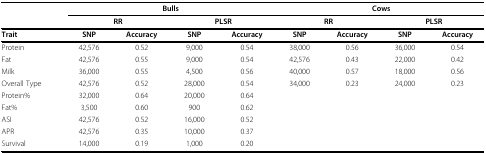
<table><thead><tr><td></td><td colspan="4"><b>Bulls</b></td><td colspan="4"><b>Cows</b></td></tr><tr><td></td><td colspan="2"><b>RR</b></td><td colspan="2"><b>PLSR</b></td><td colspan="2"><b>RR</b></td><td colspan="2"><b>PLSR</b></td></tr><tr><td><b>Trait</b></td><td><b>SNP</b></td><td><b>Accuracy</b></td><td><b>SNP</b></td><td><b>Accuracy</b></td><td><b>SNP</b></td><td><b>Accuracy</b></td><td><b>SNP</b></td><td><b>Accuracy</b></td></tr></thead><tbody><tr><td>Protein</td><td>42,576</td><td>0.52</td><td>9,000</td><td>0.54</td><td>38,000</td><td>0.56</td><td>36,000</td><td>0.54</td></tr><tr><td>Fat</td><td>42,576</td><td>0.55</td><td>9,000</td><td>0.54</td><td>42,576</td><td>0.43</td><td>22,000</td><td>0.42</td></tr><tr><td>Milk</td><td>36,000</td><td>0.55</td><td>4,500</td><td>0.56</td><td>40,000</td><td>0.57</td><td>18,000</td><td>0.56</td></tr><tr><td>Overall Type</td><td>42,576</td><td>0.52</td><td>28,000</td><td>0.54</td><td>34,000</td><td>0.23</td><td>24,000</td><td>0.23</td></tr><tr><td>Protein%</td><td>32,000</td><td>0.64</td><td>20,000</td><td>0.64</td><td></td><td></td><td></td><td></td></tr><tr><td>Fat%</td><td>3,500</td><td>0.60</td><td>900</td><td>0.62</td><td></td><td></td><td></td><td></td></tr><tr><td>ASI</td><td>42,576</td><td>0.52</td><td>16,000</td><td>0.52</td><td></td><td></td><td></td><td></td></tr><tr><td>APR</td><td>42,576</td><td>0.35</td><td>10,000</td><td>0.37</td><td></td><td></td><td></td><td></td></tr><tr><td>Survival</td><td>14,000</td><td>0.19</td><td>1,000</td><td>0.20</td><td></td><td></td><td></td><td></td></tr></tbody></table>